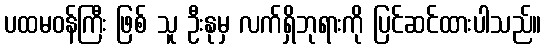
ပထမဝန်ကြီး ဖြစ် သူ ဦးနုမှ လက်ရှိဘုရားကို ပြင်ဆင်ထားပါသည်။